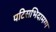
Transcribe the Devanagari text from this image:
पटिसभिदामग्ग